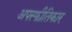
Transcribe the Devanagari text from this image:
अपस्फीतिकार